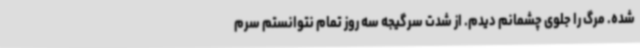
شده. مرگ را جلوی چشمانم دیدم. از شدت سرگیجه سه روز تمام نتوانستم سرم